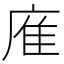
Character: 㢈